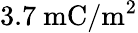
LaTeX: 3.7~\mathrm{mC/m^{2}}